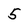
Character: 5